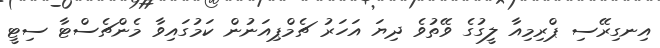
އިނގިރޭސި ޕްރިމިއާ ލީގުގެ ވޭތުވެ ދިޔަ އަހަރު ޗެމްޕިއަނުން ކަމުގައިވާ މެންޗެސްޓާ ސިޓީ